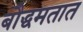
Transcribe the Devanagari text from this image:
बौद्धमतात